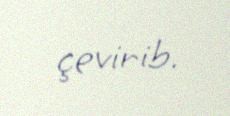
çevirib.